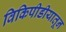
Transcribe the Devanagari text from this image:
विकिपीडीयातून